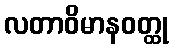
လတာဝိမာနဝတ္ထု